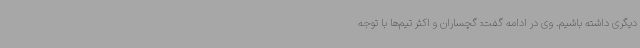
دیگری داشته باشیم. وی در ادامه گفت: گچساران و اکثر تیم‌ها با توجه